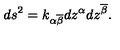
d s ^ { 2 } = k _ { \alpha \overline { { \beta } } } d z ^ { \alpha } d z ^ { \overline { { \beta } } } .